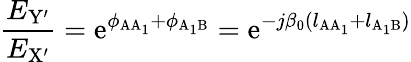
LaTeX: \frac{E_{\mathrm{Y}^{\prime}}}{E_{\mathrm{X}^{\prime}}}=\mathrm{e}^{\phi_{\mathrm{AA_{1}}}+\phi_{\mathrm{A_{1}B}}}=\mathrm{e}^{-j\beta_{0}(l_{\mathrm{AA_{1}}}+l_{\mathrm{A_{1}B}})}